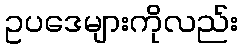
ဥပဒေများကိုလည်း